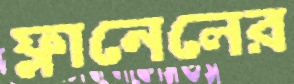
ফ্লানেলের